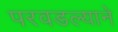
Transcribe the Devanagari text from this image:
परवडल्याने